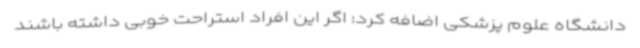
دانشگاه علوم پزشکی اضافه کرد: اگر این افراد استراحت خوبی داشته باشند